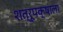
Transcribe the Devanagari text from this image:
शत्रूपक्षाला